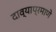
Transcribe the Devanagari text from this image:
दाव्याप्रमाणे